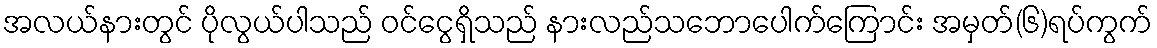
အလယ်နားတွင် ပိုလွယ်ပါသည် ဝင်ငွေရှိသည် နားလည်သဘောပေါက်ကြောင်း အမှတ်(၆)ရပ်ကွက်